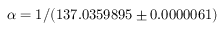
\alpha = 1 / ( 1 3 7 . 0 3 5 9 8 9 5 \pm 0 . 0 0 0 0 0 6 1 )